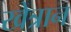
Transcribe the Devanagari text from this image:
खेत्रान